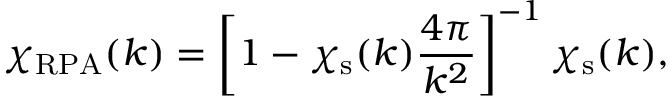
\chi _ { \mathrm { R P A } } ( k ) = \left[ 1 - \chi _ { \mathrm { s } } ( k ) \frac { 4 \pi } { k ^ { 2 } } \right] ^ { - 1 } \chi _ { \mathrm { s } } ( k ) ,